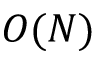
O ( N )